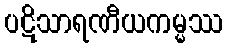
ပဋိသာရဏီယကမ္မဿ